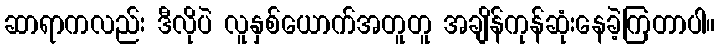
ဆာရာကလည်း ဒီလိုပဲ လူနှစ်ယောက်အတူတူ အချိန်ကုန်ဆုံးနေခဲ့ကြတာပါ။